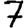
Digit: 7